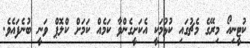
ކުޓީނިއޯ މިރޭގެ މެޗުގައި ކުޅުމަކީ އެކަށީގެންވާ ކަމެއް ކަމަށް ކްލޮޕް ވަނީ ބުނެފައެވެ.